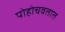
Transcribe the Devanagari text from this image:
पोहोचवतात